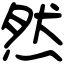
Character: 然